Civil Veterinary Dept. Bombay admin report 1932-41 - 1932-1941
Year: 1932
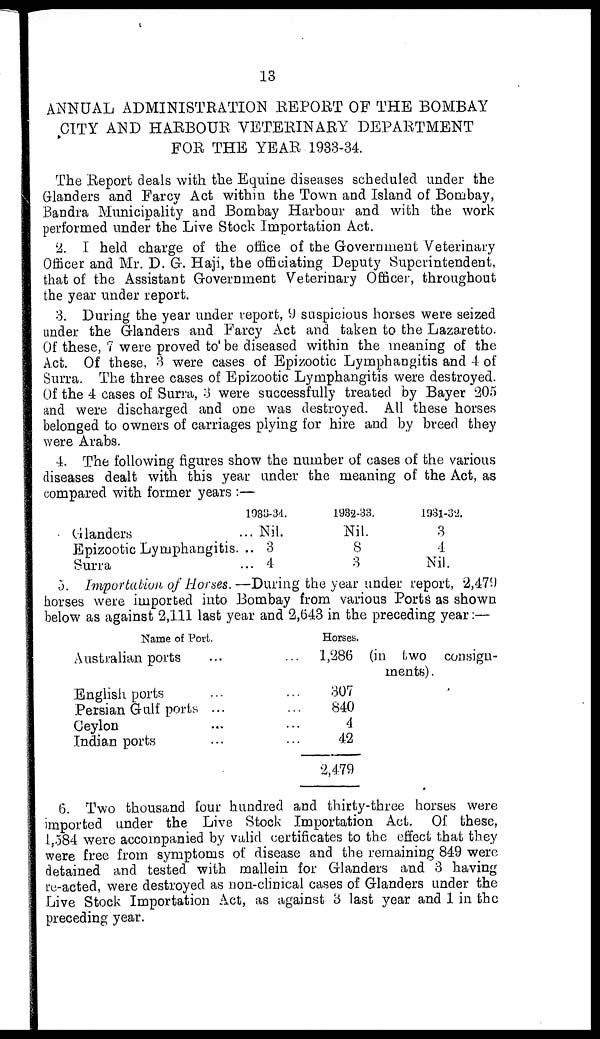
13
ANNUAL ADMINISTRATION REPORT OF THE BOMBAY
CITY AND HARBOUR VETERINARY DEPARTMENT
FOR THE YEAR 1933-34.
The Report deals with the Equine diseases scheduled under the
Glanders and Farcy Act within the Town and Island of Bombay,
Bandra Municipality and Bombay Harbour and with the work
performed under the Live Stock Importation Act.
2. I held charge of the office of the Government Veterinary
Officer and Mr. D. G. Haji, the officiating Deputy Superintendent,
that of the Assistant Government Veterinary Officer, throughout
the year under report.
3. During the year under report, 9 suspicious horses were seized
under the Glanders and Farcy Act and taken to the Lazaretto.
Of these, 7 were proved to be diseased within the meaning of the
Act. Of these, 3 were cases of Epizootic Lymphangitis and 4 of
Surra. The three cases of Epizootic Lymphangitis were destroyed.
Of the 4 cases of Surra, 3 were successfully treated by Bayer 205
and were discharged and one was destroyed. All these horses
belonged to owners of carriages plying for hire and by breed they
were Arabs.
4. The following figures show the number of cases of the various
diseases dealt with this year under the meaning of the Act, as
compared with former years :—
Glanders
Epizootic Lymphangitis.
Surra
1933-3d.
... Nil.
.. 3
... 4
1932-33.
Nil.
8
3
1981-32.
3
4
Nil.
5. Importation of Horses.—During the year under report, 2,479
horses were imported into Bombay from various Ports as shown
below as against 2,111 last year and 2,643 in the preceding year:—
Name of Port.
Australian ports
English ports
Persian Gulf ports
Ceylon
Indian ports
...
...
...
...
Horses.
1,286
307
840
4
42
2,479
(in two consign-
ments) .
6. Two thousand four hundred and thirty-three horses were
imported under the Live Stock Importation Act. Of these,
1,584 were accompanied by valid certificates to the effect that they
were free from symptoms of disease and the remaining 849 were
detained and tested with mallein for Glanders and 3 having
re-acted, were destroyed as non-clinical cases of Glanders under the
Live Stock Importation Act, as against 3 last year and 1 in the
preceding year.